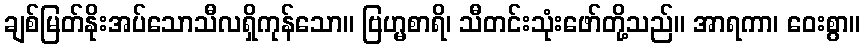
ချစ်မြတ်နိုးအပ်သောသီလရှိကုန်သော။ ဗြဟ္မစာရိ၊ သီတင်းသုံးဖော်တို့သည်။ အာရကာ၊ ဝေးစွာ။